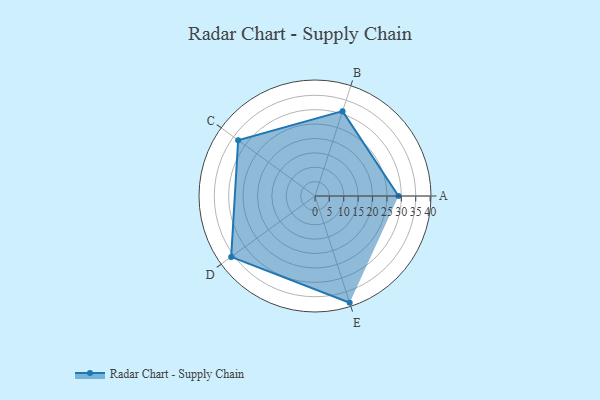
{"axis": {"x": "Skill", "y": "Score"}, "legend": ["Profile"], "data": [{"x": "A", "y": 29.0, "type": "Profile"}, {"x": "B", "y": 31.0, "type": "Profile"}, {"x": "C", "y": 33.0, "type": "Profile"}, {"x": "D", "y": 36.0, "type": "Profile"}, {"x": "E", "y": 39.0, "type": "Profile"}]}